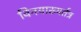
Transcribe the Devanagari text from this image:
विनयाख्यर्तत्र